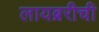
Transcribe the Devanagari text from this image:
लायब्ररीची